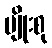
မျိုးစု